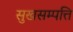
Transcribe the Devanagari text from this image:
सुखसम्पत्ति